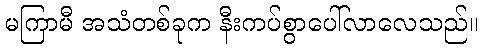
မကြာမီ အသံတစ်ခုက နီးကပ်စွာပေါ်လာလေသည်။